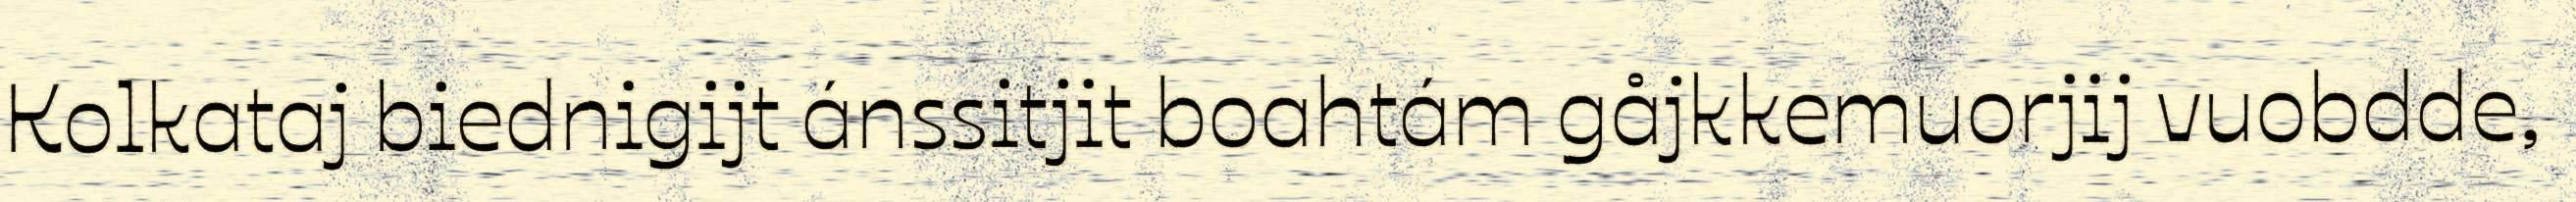
Kolkataj biednigijt ánssitjit boahtám gåjkkemuorjij vuobdde,